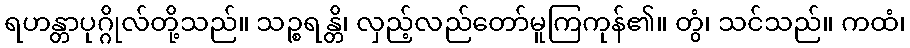
ရဟန္တာပုဂ္ဂိုလ်တို့သည်။ သဉ္စရန္တိ၊ လှည့်လည်တော်မူကြကုန်၏။ တွံ၊ သင်သည်။ ကထံ၊